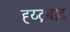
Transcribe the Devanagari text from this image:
ह्य्द्रबाद